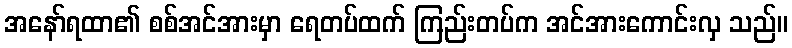
အနော်ရထာ၏ စစ်အင်အားမှာ ရေတပ်ထက် ကြည်းတပ်က အင်အားကောင်းလှ သည်။